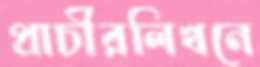
প্রাচীরলিখনে